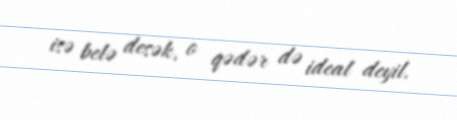
isə belə desək, o qədər də ideal deyil.